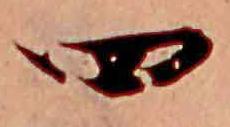
四